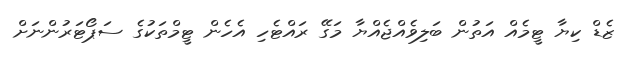
ޒެޑް ކިޔާ ޓީމެއް އަތުން ބަލިވެއްޖެއްޔާ މަގޭ ރައްޓެހި އެހެން ޓީމްތަކުގެ ސަޕޯޓަރުންނަށް